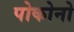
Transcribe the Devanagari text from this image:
पोकोनो